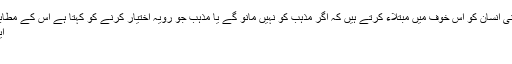
یعنی مذہب یا مذاہب کےبانی انسان کو اس خوف میں مبتلاء کرتے ہیں کہ اگر مذہب کو نہیں مانو گے یا مذہب جو رویہ اختیار کرنے کو کہتا ہے اس کے مطابق نہیں چلو گے تو ایک…
ایڈمن 30 October مذہب
۔